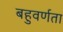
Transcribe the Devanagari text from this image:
बहुवर्णता